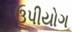
ઉપીયોગ